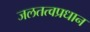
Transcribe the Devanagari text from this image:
जलतत्वप्रधान